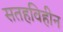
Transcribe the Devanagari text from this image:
सतहविहीन